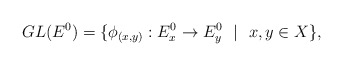
\begin{align*} GL(E^0) = \{ \phi_{(x,y)}: E^0_x \to E^0_y ~~\vert~~ x,y \in X \},\end{align*}